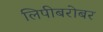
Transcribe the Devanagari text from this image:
लिपीबरोबर